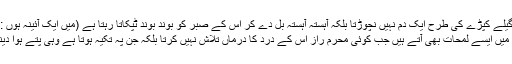
وقت اسے گیلے کپڑے کی طرح ایک دم نہیں نچوڑتا بلکہ آہستہ آہستہ بل دے کر اس کے صبر کو بوند بوند ٹپکاتا رہتا ہے (میں ایک آئینہ ہوں : صفحہ ۱۶۵)
انسانی زندگی میں ایسے لمحات بھی آتے ہیں جب کوئی محرم راز اس کے درد کا درماں تلاش نہیں کرتا بلکہ جن پہ تکیہ ہوتا ہے وہی پتے ہوا دینے لگتے ہیں۔